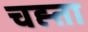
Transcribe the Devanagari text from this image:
चह्ता